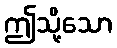
ဤသို့သော